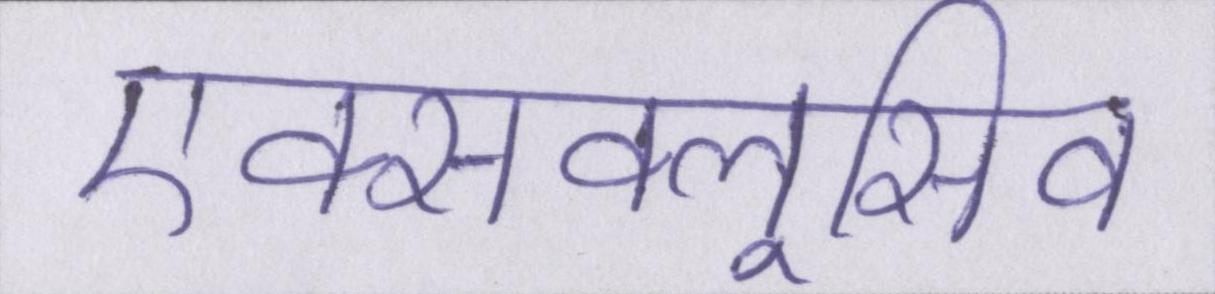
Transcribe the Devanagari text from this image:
एक्सक्लूसिव